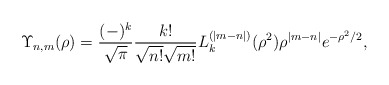
\begin{align*}\Upsilon_{n,m}(\rho) = \frac{(-)^k}{\sqrt{\pi}}\frac{k!}{\sqrt{n!}\sqrt{m!}}L_k^{(|m-n|)}(\rho^2)\rho^{|m-n|}e^{-\rho^2/2},\end{align*}